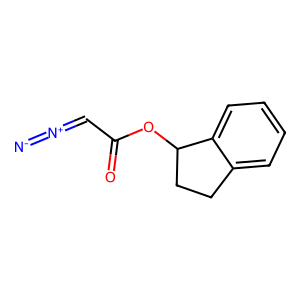
SMILES: [N-]=[N+]=CC(=O)OC1CCc2ccccc21
Inhibits HIV replication: No